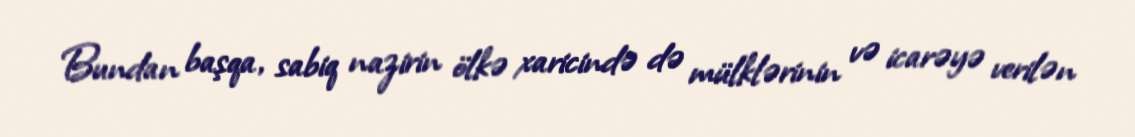
Bundan başqa, sabiq nazirin ölkə xaricində də mülklərinin və icarəyə verilən